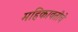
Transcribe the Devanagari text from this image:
महिकावतीचे